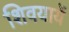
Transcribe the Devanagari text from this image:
शिवयायें